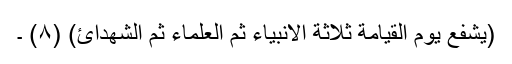
(یشفع یوم القیامة ثلاثة الانبیاء ثم العلماء ثم الشھدائ) (٨) ۔